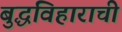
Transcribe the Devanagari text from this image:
बुद्धविहाराची